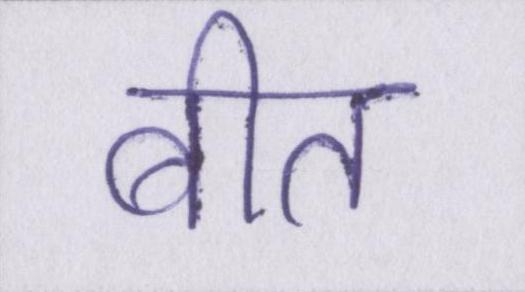
बीत